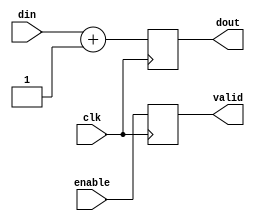
module dut(
   input wire clk,enable,
   input wire [31:0] din,
   output reg [31:0] dout,
   output reg       valid
 );
 always @ (posedge clk)
   begin
     dout  <= din + 1;
     valid  <= enable;
   end
 endmodule